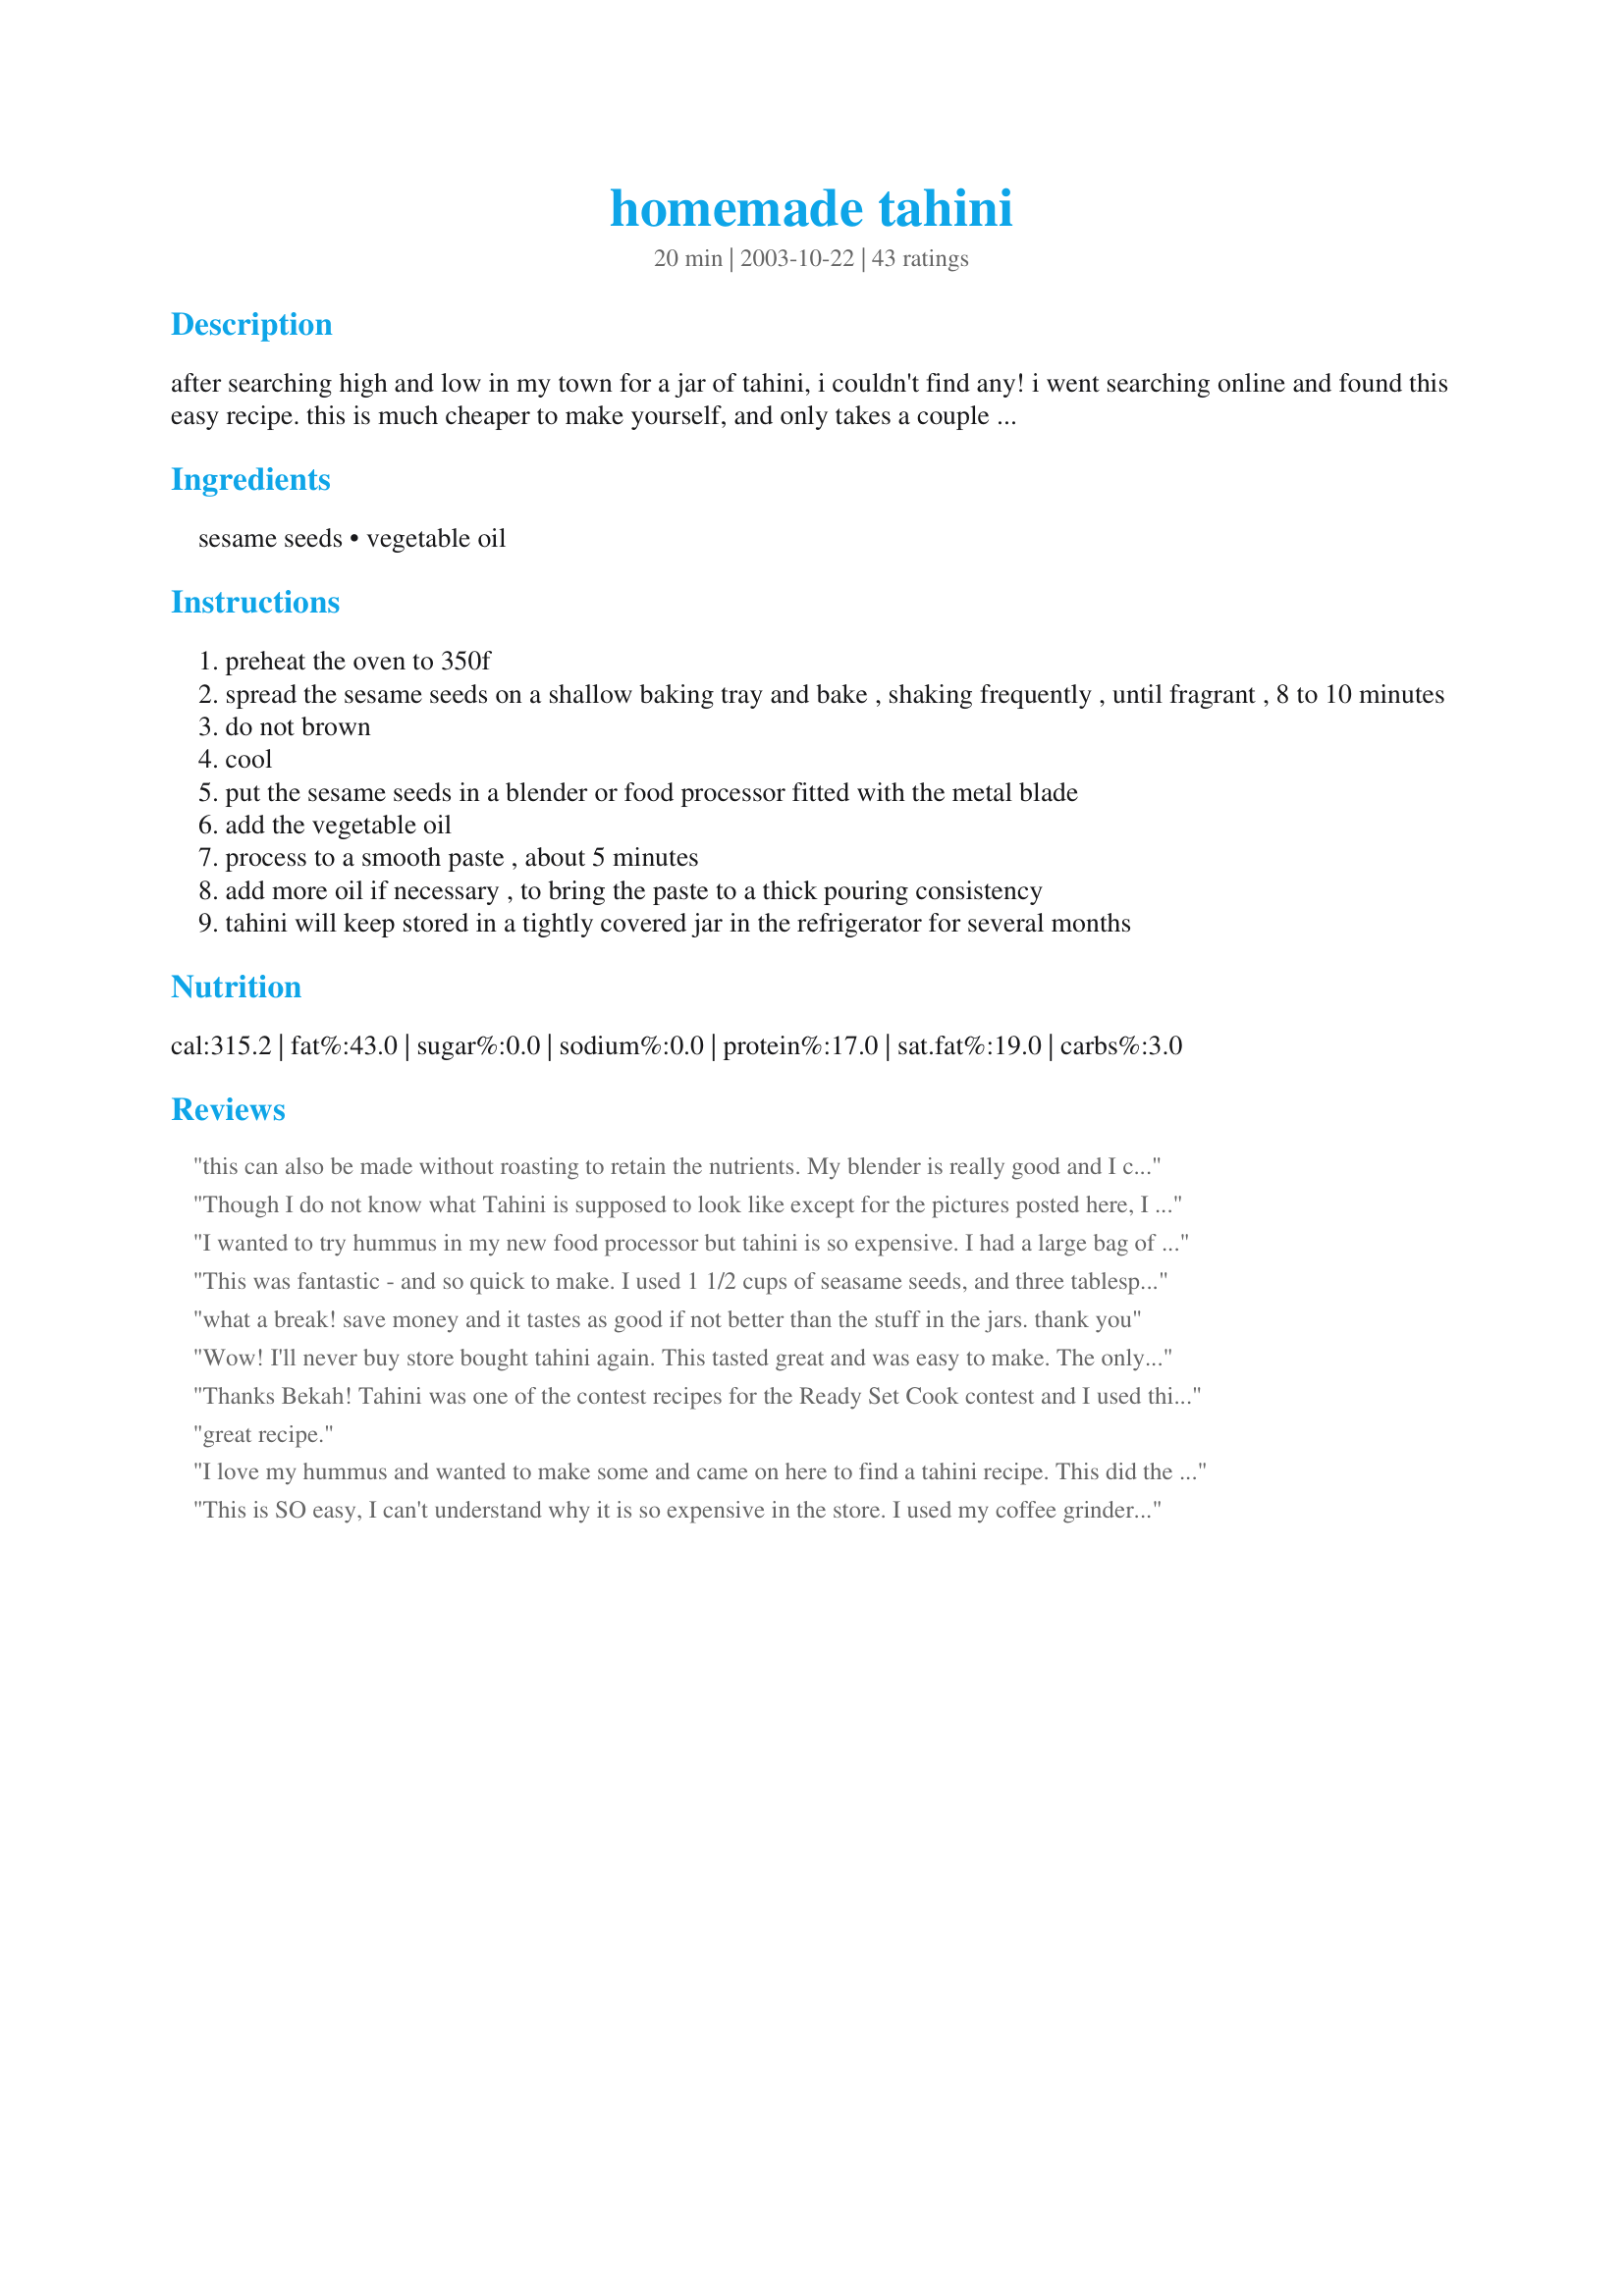
homemade tahini
Preparation time: 20 minutes

after searching high and low in my town for a jar of tahini, i couldn't find any! i went searching online and found this easy recipe. this is much cheaper to make yourself, and only takes a couple minutes.

Ingredients:
sesame seeds, vegetable oil

Steps:
preheat the oven to 350f
spread the sesame seeds on a shallow baking tray and bake , shaking frequently , until fragrant , 8 to 10 minutes
do not brown
cool
put the sesame seeds in a blender or food processor fitted with the metal blade
add the vegetable oil
process to a smooth paste , about 5 minutes
add more oil if necessary , to bring the paste to a thick pouring consistency
tahini will keep stored in a tightly covered jar in the refrigerator for several months

Reviews:
this can also be made without roasting to retain the nutrients. My blender is really good and I can get a paste without adding oil with is nice. thanks for posting
Though I do not know what Tahini is supposed to look like except for the pictures posted here, I think my try at this recipe worked wonderfully. I used it to make Chicken Shawarma. I only scaled it down because I did not need much, and I don't make recipes that call for it very often. I had sesame seeds that were already toasted, so I did not toast mine, and I could not beleive how much the finished product smelled like peanut butter. Thanks for posting this, finding Tahini where I live is quite a chore.
I wanted to try hummus in my new food processor but tahini is so expensive. I had a large bag of sesame seeds so came on here to see if I could make it myself. I toasted them in a dry skillet first and then put them in the food processor. It took a little while to process, just like homemade peanut butter but I didn't want to add any oil. Worked out great and I'll definitely be making my own from now on. Thanks for the recipe.
This was fantastic - and so quick to make. I used 1 1/2 cups of seasame seeds, and three tablespoons of light olive oil. It worked a treat, thanks heaps!
what a break! save money and it tastes as good if not better than the stuff in the jars. thank you
Wow! I'll never buy store bought tahini again. This tasted great and was easy to make. The only problem I had is that the tahini never got smooth like it is in the store-bought version, never the less it tasted great and I used it to make redpepper hummus which turned out delicious also. Thank for this delicious and cost saving recipe.
Thanks Bekah! Tahini was one of the contest recipes for the Ready Set Cook contest and I used this recipe for all the recipes that used it. This was easy to make and saved me a trip to the store to try and find some. Thanks for sharing this recipe :)
great recipe.
I love my hummus and wanted to make some and came on here to find a tahini recipe. This did the trick and is just what I was looking for!
This is SO easy, I can't understand why it is so expensive in the store. I used my coffee grinder and it only took about 10 seconds to make about 1/4 cup, enough for a batch of hummus. I also have started leaving the oil out as it seems unnecessary in the hummus mixture and cuts the calories down. Thank you!!
I also reduced the quantity to 1!/2 cups of sesame seeds-one of the issues I have with buying tahini is that it's also way too much. This was simple and authentic. Used it to make Hummous and really enjoyed it
What a wonderful recipe. I used 3/4 cup of sesame seeds and 1/4 cup of oil, resulting in a beautiful smooth, thick tahini. Thank you for sharing this recipe, that I will use often, as they don&#039;t sell Tahini in my small town. I used the tahini from this recipe to make recipe #212985 . It worked perfectly.
What a life saver! While I can find tahini often in my area it proves to be very pricey and a jar is just too much for me to use up before it spoils. This is the perfect solution. I halved the recipe for just myself. Great recipe!
This is gorgeous!The remark about toasting is crucial. So far I've been trying to decide between the dull taste of non-toasted sesame and the overpowering taste of the browned one. Now my tahini is aromatic and delicate. Thanks a lot for this recipe!
Instead of roasting in the oven, I tried UnknownChef86's method and was pleased with the results (and the lovely scent of toasty sesame seeds!)

I used 1/2 sunflower oil and 1/2 safflower oil because I had them on hand.

This recipe was simple and perfect, and because I bulk buy my sesame seeds, costs pennies compared to buying pre-made tahini - and IMO tastes better.

Tomorrow I will try it out in hummus! :)
I will be passing this recipe on to my vegan nephew, as he uses a lot of tahini. For whatever it's worth, I have other recipes that call for toasted sesame seeds, and have found that I have a tough time (personally) getting the seeds toasted without getting them too dark (sometimes I'm multi-task challenged!) ;) I discovered that if I use a seasoned, dry (no oil) cast iron skillet on medium-low heat and stir constantly, I get them toasted exactly the way I want and don't have to worry about burnt sesame seeds.
Bekah, thanks so much for this recipe! I wanted to make some hummus and thought I had tahini but couldn't find any. I DID have sesame seeds so searched for a recipe and found yours. I cut this down to about a 1/4 of the amount, using 1 C. of sesame seeds and 1 1/2 T. of oil and ended up with about 3/4 C. of tahini. I doubt I'll ever buy tahini again, now that I have this easy way of making my own. Thanks again :)
Oops! So sorry. I didn&#039;t see the yield at the beginning of the recipe when I first looked at it. ?
This was great! I used about 3/4 cup toasted sesame seeds and 4 tb oil.
Excellent recipe! I made my first hummus with it and yummy!! Thanks so much for sharing!
Here were my choices: spend $8 on a small jar of pre-made tahini or $1 on bulk sesame seeds. Which do you think I chose? Mine turned out to be more pasty than pourable, but I scaled back the oil a bit and added a little water. I used an immersion blender to mix my batch together. Worked great, perfect in hummus!
Thank you to mermaidmagic and to UnknownChef86!!!!

I have a very dear friend who has numerous food allergies and sensitivities, and rather than risk her health with unknown additives from commercial products, I can make her a safe treat we can all enjoy without worrying!~

MmmMmMmM Hummous!
I made this tyoday to make Humus & it was great. thanks for such an easy recipe.
This was easy to make and much cheaper! I will use this to make hummous. The taste is great, thanks Bekah! You have to watch the sesame seeds carefully!
Delicious and so easy! I had never made Tahini before, and I wondered if it really would turn into a smooth, pourable paste...it seemed that it would stay looking like a bunch of chopped seeds....but sure enough, it did turn into a nice smooth paste, and it smelled so good!
Thanks for this recipe, it was super easy and delicious!
How simple, I spent nearly $6 on a jar at my local shops... Would have been cheaper to have just bought hummus. I will definatly give this a go.
All I have to say is thank you so much. I could never find Tahini in my local grocery store so I would substitute peanut butter for it in my hummus. I now can finally make hummus the way it is supposed to be made. Thank you again!!
I am so happy to find this recipe!!! I go through a lot of Tahini. 
After reading the reviews, I also toasted the sesame seeds, started with the Â¼ cup of oil, and just eyeballed it to the consistence that I liked :) 
Also, it is a pleasure to know I can make it and not worry about running out to the store. 4ever grateful @->-- for the posting
Excellent. I even used seseme oil to punch it up a bit! Thank you so much.
This isn't better than storebought or anything, but it is pretty much the same, and a great way to use sesame seeds you've bought in bulk. Thank you for giving the time for the blender. I thought at first that it wasn't grinding anything, but after 5 minutes I did have a smooth paste.
Cool! Amazing recipe! Tastes and works fantastically! I LOVE that I can make this myself! I used ORGANIC seeds and oil- half sesame - half sunflower. I saved a TON over what this same product would have cost. No more trips to that out of the way store JUST to get tahini! Thank you!
You are a lifesaver Bekah!! I only have a cheap blender, so the consistency wasn't great, but it didn't matter once added to my hummus. THanks!
I too looked high and low for Tahini, is is great tasting, better than the versions at the store and cost effective too. Sooo easy to make, fantastic!!
Thanks for posting Bekah. I have the same problem as you after having lived in a large city with tahini widely available I now have trouble getting hold of it in the small town I've moved to. This is so easy to make and tastes great. I'll be using it regularly to make hummus!
This recipe is pretty standard (although this makes a lot more tahini than most recipes). My only real criticism is that I wish credit was given to the originator of the recipe (the poster admitted to getting this on another site). For the record, it&#039;s not my recipe so I don&#039;t have a stake in this, but it sucks to have people take your work without giving credit.
While my grocery store does carry tahini, it is very expensive. It&#039;s so much cheaper to buy sesame seeds in bulk and make your own tahini! This recipe turned out great. Roasting the sesame seeds is key to a flavorful tahini.
Cheap, easy, tahini in no time. I thought making tahini would be more difficult or take much longer! I used a mortar and pestle to make as much as I needed for a certain recipe which worked very well. I used canola oil in a higher amount instead of vegetable to be soy free. I tried blending it in my tiny Black and Decker blender but it wouldn't work. I will use this recipe again for sure since it is sooooooooooo much cheaper than buying premade tahini and it is easy & fun.
Made a nice creamy Tahini. Taste not so great by itself but I'm going to be using it in Hummus. I added a little salt afterwards. Made enough to fill a 24 oz spaghetti jar almost to the top.
I made this today for a batch of hummus. I didn't add the full amount of oil, because I didn't need the tahini to be pourable for hummus. It smelled delightful and added such a nice flavor to the hummus - I'll NEVER buy premade tahini at the store again. Thank you!!
Hi there! Every New Year's eve we make some food which has sesame seeds in it. The ancient belief is that the sesame seeds eaten on this day and the New year's day bring in loads of wealth into the home and make all dreams come true. So, today I wanted to make hummus and as you know, hummus requires tahini. Well, here in Pune, India, acquiring tahini(of a good quality) is hard. I've lived here for 9 months and not found it thus far, so today, I used this recipe and made hummus. Voila! This works like a charm! I used 1 cup of sesame seeds, 3 tbsps. of groundnut oil, 1/4 cup water, 3 cloves garlic, 1 tsp. of cumin powder, salt to taste, black pepper powder to taste and the juice of 3 lemons to process in the mixer and then got the tahini. Now, let me tell you, the tahini was coarse at first, smelt awesome and I enjoyed doing the taste check. The main thing though was the consistency. I then added in the chickpeas(had a hard time getting canned chickpeas!!, so we used the one that ain't soaked in the tin and boiled that alongwith 2-3 pinches of baking soda) and the water in which it was pressure cooked, alongwith the solution in which some sweetcorn was soaked(my domestic help got me a can of sweet corn instead of chickpeas!). LOL. So you can see from where to where I went to get this right. BUT, the end product is sooooo good. I have licked my fingers clean eating this and bless you in abundance for posting this recipe. Happy 2008 to you and yours!
Really good, made it to go in hummus. Everything came out well.
~Bekah~, you saved the day! I've been looking for tahini everywhere and no one sells it around here! Your recipe is super easy and just perfect. I used it to make "Smokey Chipotle Hummus #186632". It worked out nicely because I just made your tahini in my processor first, took out all but what was called for in the hummus recipe, then finished making the hummus - I only had to dirty my processor one time. Thanks so much for sharing this great recipe!
I've made this recipe many, many times now and every time I promise myself to thank Bekah for sharing it ... it's a great recipe! A must for my own Roasted Red Pepper Hummus recipe which I recently posted here at Recipezaar. Like UnknownChef86, I also dry roast the sesame seeds in a skillet while stirring constantly so I can control how toasty the they get. And we buy our sesame seeds at our local Indian grocery store where spices and seeds tend to be much cheaper and fresher. I noticed was that the quantity for this recipe has changed recently. It previously called for 1 1/3 cups of sesame seeds and 4-8 teaspoons of oil (I use 6 tsp). I find the smaller amount suits my little family better so I still make it this way and keep it in the fridge. Since we're very health conscious these days we calculated the amount of fat per tablespoonful and it comes out to 7.1 grams per tablespoonful. I use 2-3 tablespoonfuls when I make hummus so it's very low fat and healthful indeed. Thanks again Bekah for such a wonderful recipe!
